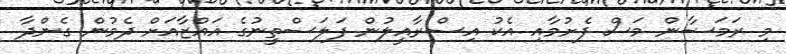
މި ރަމަޟާން މަސް ފެށުމާއި އެކު އިސްރާއީލުން ފަލަސްތީނުގެ ޣައްޒާއަށް ދެމުން ގެންދާ